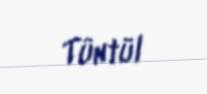
Tüntül